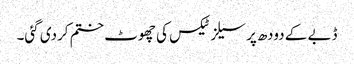
ڈبے کے دودھ پر سیلز ٹیکس کی چھوٹ ختم کردی گئی۔